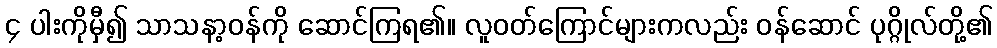
၄ ပါးကိုမှီ၍ သာသနာ့ဝန်ကို ဆောင်ကြရ၏။ လူဝတ်ကြောင်များကလည်း ဝန်ဆောင် ပုဂ္ဂိုလ်တို့၏